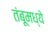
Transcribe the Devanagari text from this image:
तंबूमध्ये